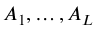
A _ { 1 } , \ldots , A _ { L }